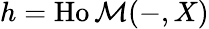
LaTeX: h=\operatorname{Ho\mathcal{M}}(-,X)